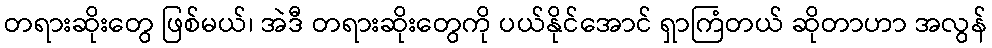
တရားဆိုးတွေ ဖြစ်မယ်၊ အဲဒီ တရားဆိုးတွေကို ပယ်နိုင်အောင် ရှာကြံတယ် ဆိုတာဟာ အလွန်